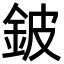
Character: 鈹